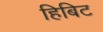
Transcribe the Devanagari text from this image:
हिबिट